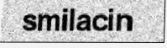
smilacin